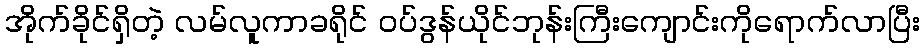
အိုက်ခိုင်ရှိတဲ့ လမ်လူကာခရိုင် ဝပ်ဒွန်ယိုင်ဘုန်းကြီးကျောင်းကိုရောက်လာပြီး